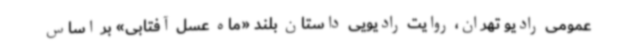
عمومی رادیو تهران، روایت رادیویی داستان بلند «ماه عسل آفتابی» بر اساس